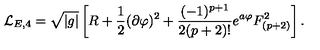
{ \cal L } _ { E , 4 } = \sqrt { | g | } \left[ R + { \frac { 1 } { 2 } } ( \partial \varphi ) ^ { 2 } + { \frac { ( - 1 ) ^ { p + 1 } } { 2 ( p + 2 ) ! } } e ^ { a \varphi } F _ { ( p + 2 ) } ^ { 2 } \right] .